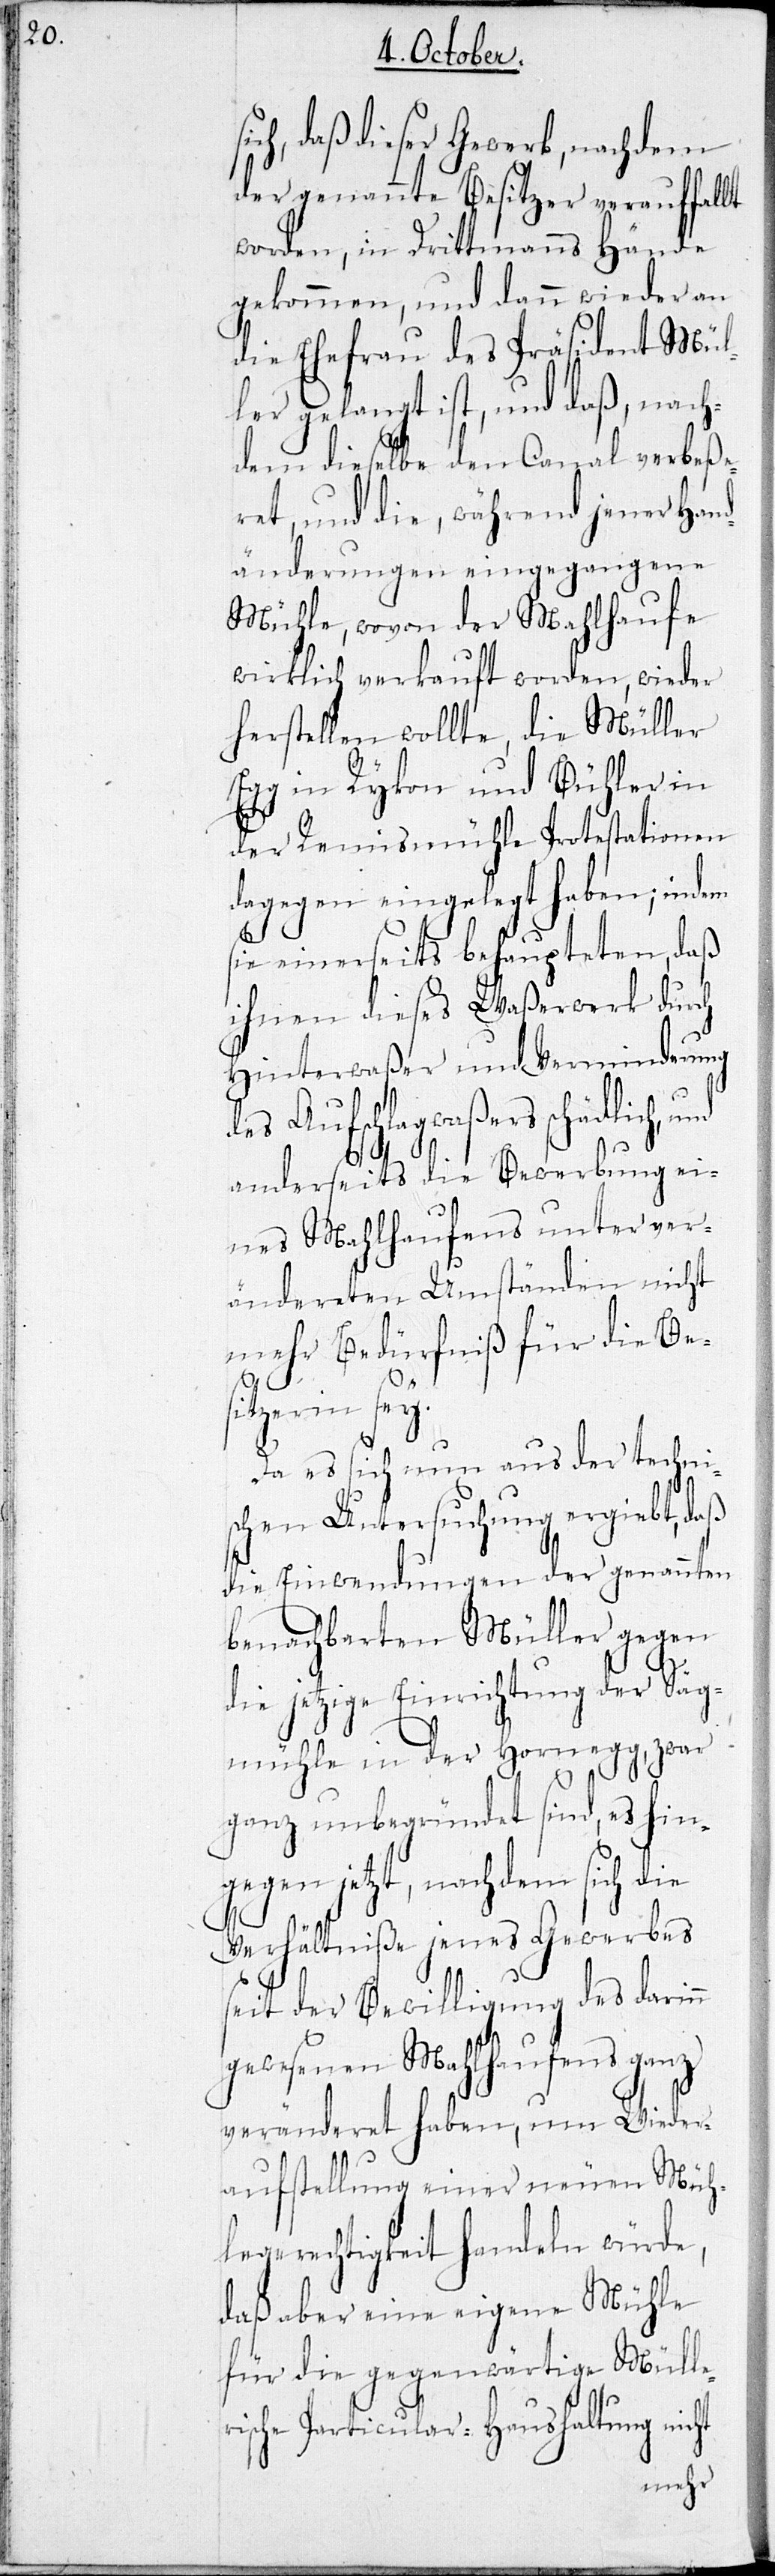
ch, daß dieser Gewerb, nachdem
der genannte Besitzer verauffallt
worden, in Drittmanns Hände
gekommen, und dann wieder an
die Ehefrau des Präsident Mül¬
ler gelangt ist, und daß, nach¬
dem dieselbe den Canal verbeße¬
ret, und die, während jener Hand¬
änderungen eingegangene
Mühle, wovon der Mahlhaufe
wirklich verkauft worden, wieder
herstellen wollte, die Müller
Egg in Rykon und Bühler in
der Remismühle Protestationen
dagegen eingelegt haben; indem
sie einerseits behaupteten, daß
ihnen dieses Waßerwerk durch
Hinterwaßer und Verminderung
des Aufschlagwaßers schädlich, und
si¬
anderseits die Bewerbung ei¬
nes Mahlhaufens unter ver¬
ändereten Umständen nicht
mehr Bedürfniß für die Be¬
sitzerin sey.
Da es sich nun aus der techni¬
schen Untersuchung ergiebt, daß
die Einwendungen der genannten
benachbarten Müller gegen
die jetzige Einrichtung der Säge¬
mühle in der Hornegg, war
ganz unbegründet sind, es hin¬
gegen jetzt, nachdem sich die
Verhältniße jenes Gewerbes
seit der Bewilligung des darinn
gewesenen Mahlhaufens ganz
veränderet haben, um Wieder¬
aufstellung einer neuen Müh¬
legerechtigkeit handeln würde,
daß aber eine eigene Mühle
für die gegenwärtige Mülle¬
rische Particular-Haushaltung nicht